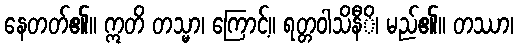
နေတတ်၏။ ဣတိ တသ္မာ၊ ကြောင့်။ ရတ္တဝါသိနီိ၊ မည်၏။ တဿာ၊